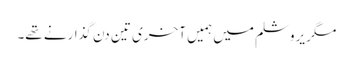
مگر یروشلم میں ہمیں آخری تین دن گذارنے تھے۔